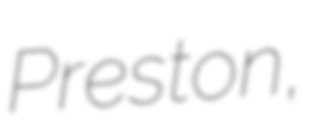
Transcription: Preston,